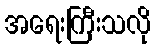
အရေးကြီးသလို